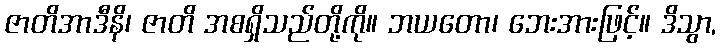
ဇာတိအာဒီနိ၊ ဇာတိ အစရှိသည်တို့ကို။ ဘယတော၊ ဘေးအားဖြင့်။ ဒိသွာ,